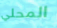
المحلي